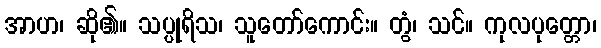
အာဟ၊ ဆို၏။ သပ္ပုရိသ၊ သူတော်ကောင်း။ တွံ၊ သင်။ ကုလပုတ္တော၊